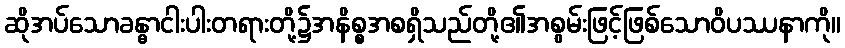
ဆိုအပ်သောခန္ဓာငါးပါးတရားတို့၌အနိစ္စအစရှိသည်တို့၏အစွမ်းဖြင့်ဖြစ်သောဝိပဿနာကို။